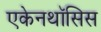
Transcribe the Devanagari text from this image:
एकेनथॉसिस